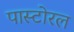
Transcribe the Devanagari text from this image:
पास्टोरल